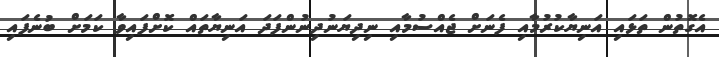
އެގޮތުން ތަޅައި އަނިޔާކުރުމާއި ފެނަށް ޖެއްސުމާއި ނިދިޔަނުދިނުންފަދަ އަނިޔާތައް ކޮށްފައިވާ ކަމަށް ބުނެފައި